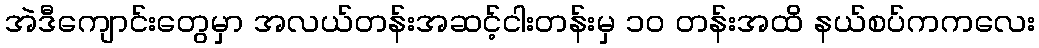
အဲဒီကျောင်းတွေမှာ အလယ်တန်းအဆင့်ငါးတန်းမှ ၁ဝ တန်းအထိ နယ်စပ်ကကလေး